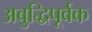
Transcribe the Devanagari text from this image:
अबुद्धिपूर्वक